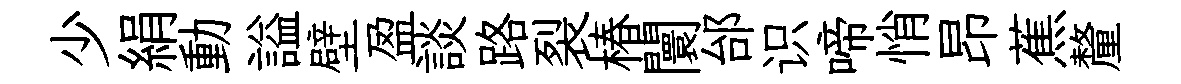
少絹動謚壁盈談路裂椿闤邰识啼悄昂蕉釐